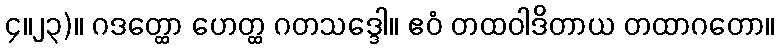
၄။၂၃)။ ဂဒတ္ထော ဟေတ္ထ ဂတသဒ္ဒေါ။ ဧဝံ တထဝါဒိတာယ တထာဂတော။